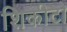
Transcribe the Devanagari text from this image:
शिकीटो